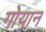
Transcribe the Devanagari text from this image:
गोयान